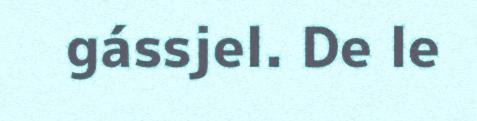
gássjel. De le